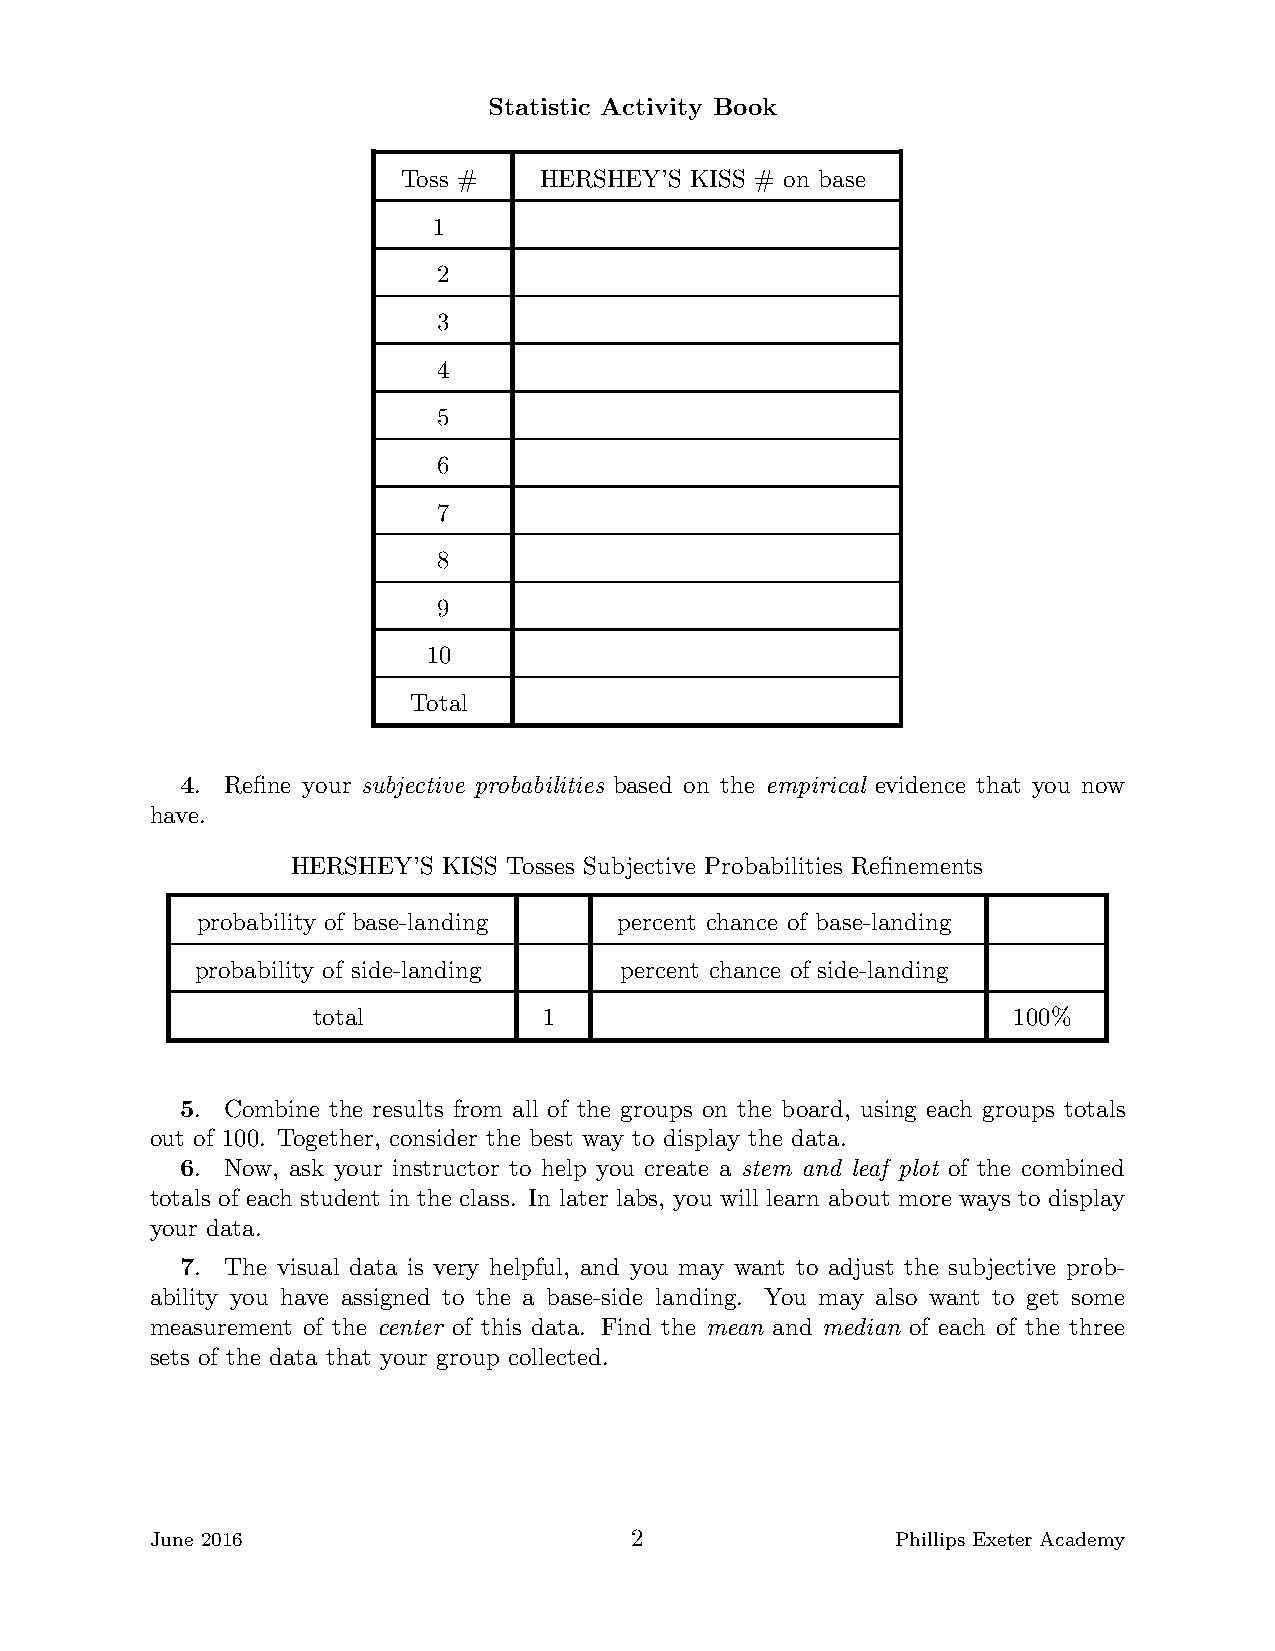
Statistic Activity Book
 Toss #   HERSHEY’S KISS # on base
 1
 2
 3
 4
 5
 6
 7
 8
 9
 10
 Total
 4. Refine your subjective probabilities based on the empirical evidence that you now
 have.
 HERSHEY’S KISS Tosses Subjective Probabilities Refinements
 probability of base-landing percent chance of base-landing
 probability of side-landing percent chance of side-landing
 total          1                              100%
 5. Combine the results from all of the groups on the board, using each groups totals
 out of 100. Together, consider the best way to display the data.
 6. Now, ask your instructor to help you create a stem and leaf plot of the combined
 totals of each student in the class. In later labs, you will learn about more ways to display
 your data.
 7. The visual data is very helpful, and you may want to adjust the subjective prob-
 ability you have assigned to the a base-side landing. You may also want to get some
 measurement of the center of this data. Find the mean and median of each of the three
 sets of the data that your group collected.
 June 2016                       2                Phillips Exeter Academy